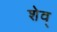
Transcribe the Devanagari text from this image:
शेव्